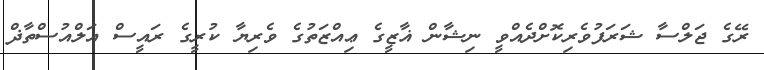
ރޭގެ ޖަލްސާ ޝަރަފުވެރިކޮށްދެއްވީ ނިޝާން ޣާޒީގެ ޢިއްޒަތުގެ ވެރިޔާ ކުރީގެ ރައީސް އަލްއުސްތާޛް